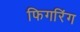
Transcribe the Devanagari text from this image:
फिगरिंग